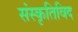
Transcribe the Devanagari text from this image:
संस्कृतिविद